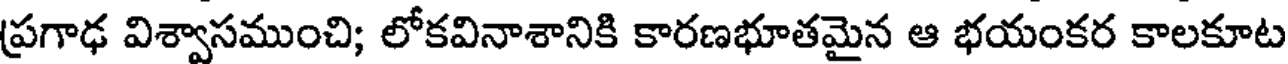
ప్రగాఢ విశ్వాసముంచి; లోకవినాశానికి కారణభూతమైన ఆ భయంకర కాలకూట